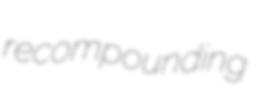
recompounding